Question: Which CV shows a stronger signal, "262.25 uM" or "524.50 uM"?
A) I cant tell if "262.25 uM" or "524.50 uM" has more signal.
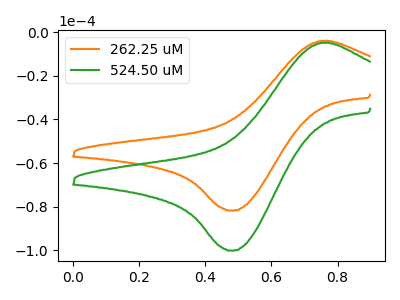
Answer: <think>The orange curve "262.25 uM" has an anodic peak at (0.75V, -3.95uA) and a cathodic peak at (0.50V, -81.80uA). The green curve "524.50 uM" has an anodic peak at (0.75V, -4.85uA) and a cathodic peak at (0.50V, -100.15uA).
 All the peaks in "262.25 uM" have a peak in "524.50 uM" at the same potential.</think>
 <answer>A) I cant tell if "262.25 uM" or "524.50 uM" has more signal.</answer>
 <eval>A</eval>